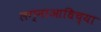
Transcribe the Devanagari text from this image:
लग्नाआधिच्या